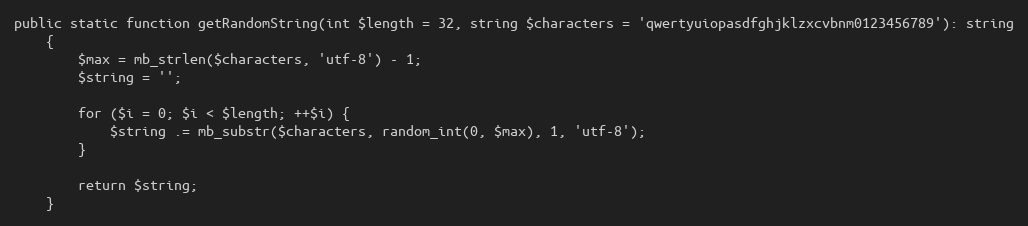
Language: PHP
public static function getRandomString(int $length = 32, string $characters = 'qwertyuiopasdfghjklzxcvbnm0123456789'): string
    {
        $max = mb_strlen($characters, 'utf-8') - 1;
        $string = '';

        for ($i = 0; $i < $length; ++$i) {
            $string .= mb_substr($characters, random_int(0, $max), 1, 'utf-8');
        }

        return $string;
    }